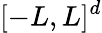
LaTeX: [-L,L]^{d}